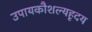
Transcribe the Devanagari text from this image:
उपायकौशल्यहृदय